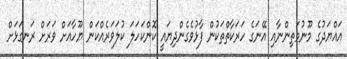
އައްޔަދުގެ މޫނުމަތިންނާއި އޭނަގެ ހަރަކާތްތަކުން ފާޅުވެގެންދިޔައީ ކޮންކަހަލަ ކުލަވަރެއްކަން ޔޫހާއަށް ވަރަށް ރަނގަޅަށް